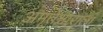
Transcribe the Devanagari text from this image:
अमृतेश्वाराला